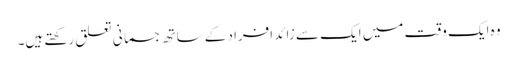
وہ ایک وقت میں ایک سے زائد افراد کے ساتھ جسمانی تعلق رکھتے ہیں۔